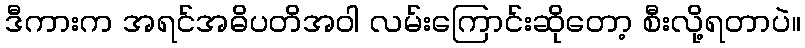
ဒီကားက အရင်အဓိပတိအဝါ လမ်းကြောင်းဆိုတော့ စီးလို့ရတာပဲ။